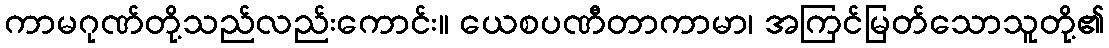
ကာမဂုဏ်တို့သည်လည်းကောင်း။ ယေစပဏီတာကာမာ၊ အကြင်မြတ်သောသူတို့၏